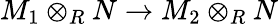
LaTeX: M_{1}\otimes_{R}N\to M_{2}\otimes_{R}N